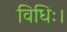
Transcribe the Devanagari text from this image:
विधिः।